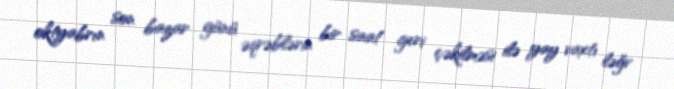
oktyabrın son bazar günü əqrəblərin bir saat geri çəkilməsi ilə yay vaxtı ləğv